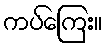
ကပ်ကြေး။